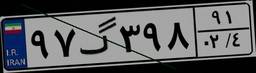
۲۹گ۵۴۴۰۲